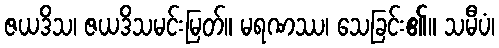
ဇယဒိသ၊ ဇယဒိသမင်းမြတ်။ မရဏဿ၊ သေခြင်း၏။ သမီပံ၊